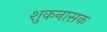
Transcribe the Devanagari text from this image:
शुकनासक